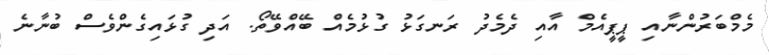
މެމްބަރުންނާއި ޕީޕީއެމް އާއި ދެމެދު ރަނގަޅު ގުޅުމެއް ބޭއްވޭތޯ. އަދި ގުޅައިގެންވެސް ބުނާނެ